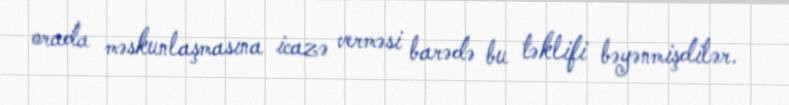
orada məskunlaşmasına icazə verməsi barədə bu təklifi bəyənmişdilər.